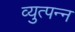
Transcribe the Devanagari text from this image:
व्युत्‍पन्‍न